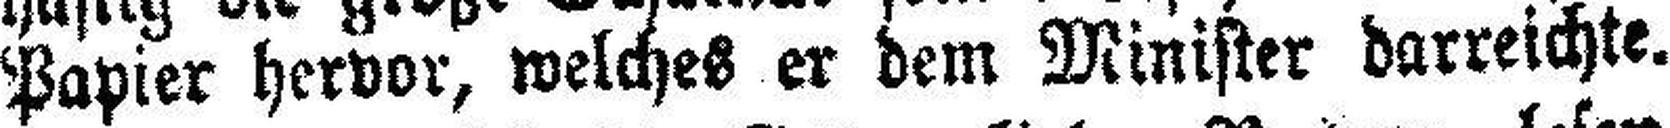
Papier hervor, welches er dem Minister darreichte.